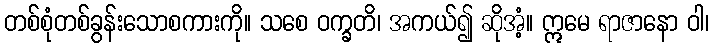
တစ်စုံတစ်ခွန်းသောစကားကို။ သစေ ဝက္ခတိ၊ အကယ်၍ ဆိုအံ့။ ဣမေ ရာဇာနော ဝါ၊